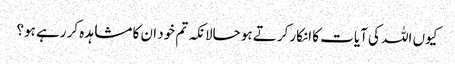
کیوں اللہ کی آیات کا انکار کرتے ہو حالانکہ تم خود ان کا مشاہدہ کر رہے ہو؟